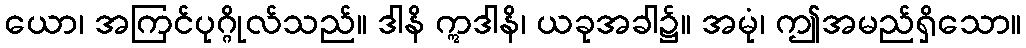
ယော၊ အကြင်ပုဂ္ဂိုလ်သည်။ ဒါနိ ဣဒါနိ၊ ယခုအခါ၌။ အမုံ၊ ဤအမည်ရှိသော။